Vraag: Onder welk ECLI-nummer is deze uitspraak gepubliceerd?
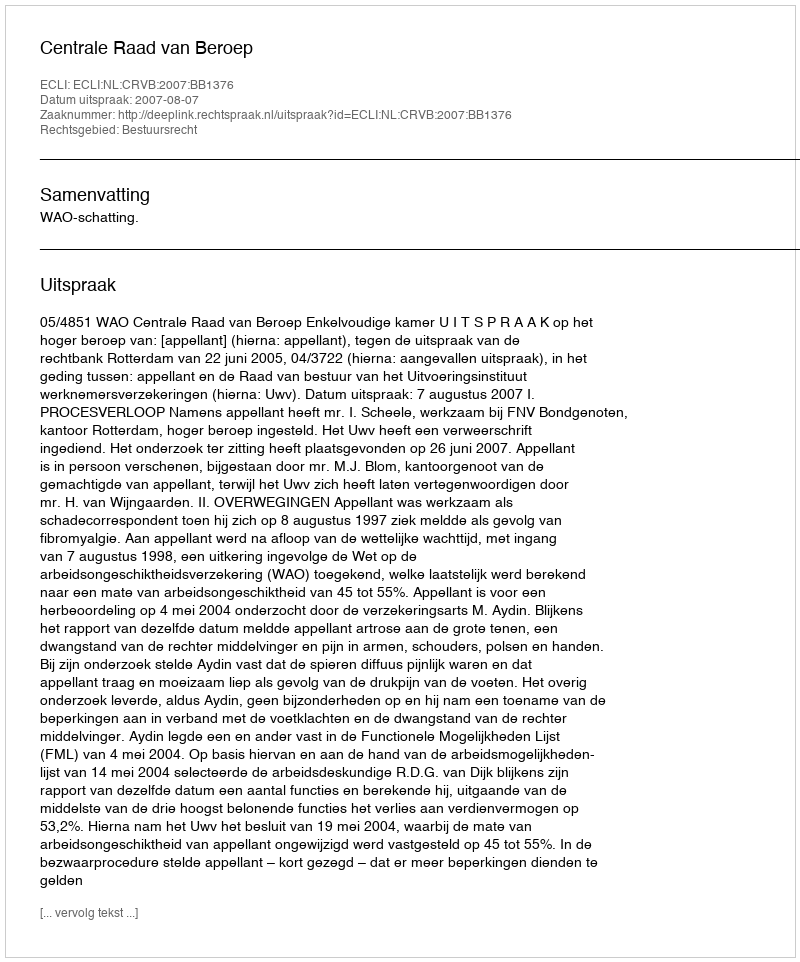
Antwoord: ECLI:NL:CRVB:2007:BB1376